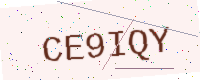
Text: CE9IQY